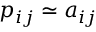
p _ { i j } \simeq a _ { i j }